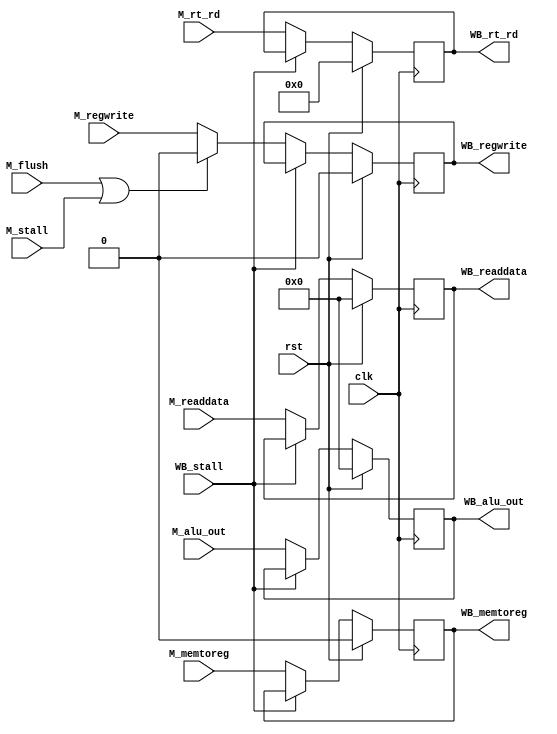
module MEM_stage(
    clk, rst, M_flush, M_stall, WB_stall, M_regwrite, 
    M_memtoreg, M_alu_out, M_rt_rd, M_readdata,
    WB_regwrite, WB_memtoreg, WB_alu_out, WB_rt_rd,WB_readdata);
    input   clk;
    input   rst;
    input   M_flush;
    input   M_stall;
    input   WB_stall;
    input   M_regwrite;
    input   M_memtoreg;
    input   [31:0]  M_alu_out;
    input   [31:0]  M_readdata;
    input   [4:0]   M_rt_rd;
    output  reg WB_regwrite;
    output  reg WB_memtoreg;
    output  reg [31:0]  WB_readdata;
    output  reg [31:0]  WB_alu_out;
    output  reg [4:0]   WB_rt_rd;
    always @(posedge clk) begin
        WB_regwrite  <= rst ? 0     : (WB_stall ? WB_regwrite : ((M_flush | M_stall ) ? 0 : M_regwrite));
        WB_memtoreg  <= rst ? 0     : (WB_stall ? WB_memtoreg : M_memtoreg);
        WB_alu_out   <= rst ? 32'b0 : (WB_stall ? WB_alu_out  : M_alu_out);
        WB_readdata  <= rst ? 32'b0 : (WB_stall ? WB_readdata : M_readdata);
        WB_rt_rd     <= rst ? 5'b0  : (WB_stall ? WB_rt_rd    : M_rt_rd);
    end
endmodule